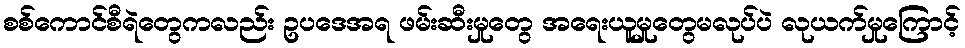
စစ်ကောင်စီရဲတွေကလည်း ဥပဒေအရ ဖမ်းဆီးမှုတွေ အရေးယူမှုတွေမလုပ်ပဲ လုယက်မှုကြောင့်